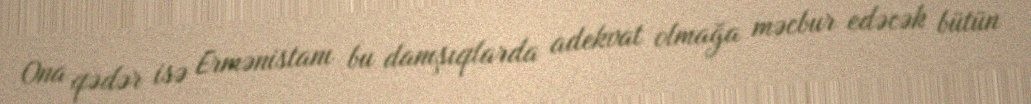
Ona qədər isə Ermənistanı bu danışıqlarda adekvat olmağa məcbur edəcək bütün